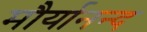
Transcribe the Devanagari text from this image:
मौर्यानन्द